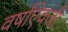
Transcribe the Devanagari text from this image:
वर्षांऐवजी